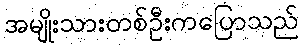
အမျိုးသားတစ်ဦးကပြောသည်